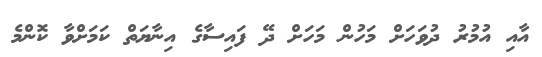
އާއި އުމުރު ދުވަހަށް މަހުން މަހަށް ދޭ ފައިސާގެ އިނާޔަތް ކަމަށްވާ ކޮންމެ